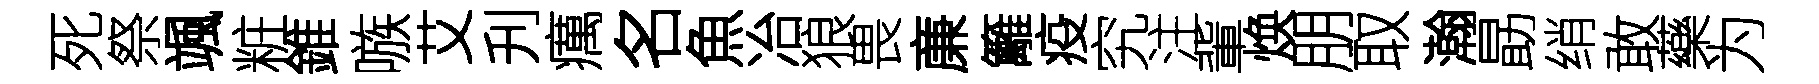
死祭颯粧錐嗾艾刋癘名魚冶狼畏亷籬疫究注軰焕朋取瀚勗绡敢藥为